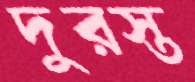
দুরস্ত